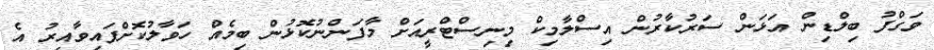
ވަގްފު ބިލްޑިން އަޅަން ސަރުކާރުން އިސްލާމިކް މިނިސްޓްރީއަށް މާފަންނުކޮޅުން ބިމެއް ހަވާލުކޮށްފައިވާއިރު އެ